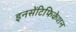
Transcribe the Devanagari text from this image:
इनसेंटिफिकेशन